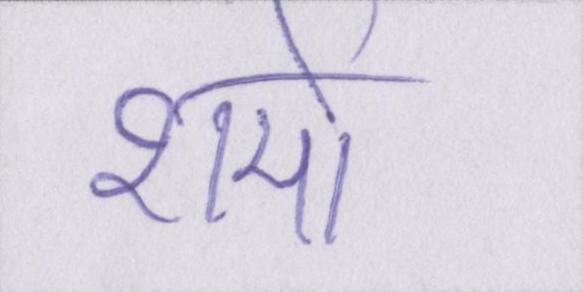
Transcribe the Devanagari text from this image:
शर्मा